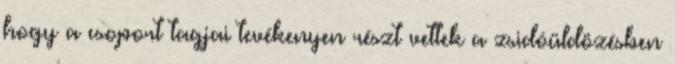
hogy a csoport tagjai tevékenyen részt vettek a zsidóüldözésben